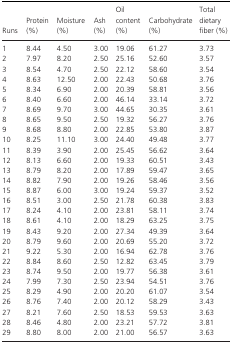
<table><thead><tr><td><b>Runs</b></td><td><b>Protein (%)</b></td><td><b>Moisture (%)</b></td><td><b>Ash (%)</b></td><td><b>Oil content (%)</b></td><td><b>Carbohydrate (%)</b></td><td><b>Total dietary fiber (%)</b></td></tr></thead><tbody><tr><td>1</td><td>8.44</td><td>4.50</td><td>3.00</td><td>19.06</td><td>61.27</td><td>3.73</td></tr><tr><td>2</td><td>7.97</td><td>8.20</td><td>2.50</td><td>25.16</td><td>52.60</td><td>3.57</td></tr><tr><td>3</td><td>8.54</td><td>4.70</td><td>2.50</td><td>22.12</td><td>58.60</td><td>3.54</td></tr><tr><td>4</td><td>8.63</td><td>12.50</td><td>2.00</td><td>22.43</td><td>50.68</td><td>3.76</td></tr><tr><td>5</td><td>8.34</td><td>6.90</td><td>2.00</td><td>20.39</td><td>58.81</td><td>3.56</td></tr><tr><td>6</td><td>8.40</td><td>6.60</td><td>2.00</td><td>46.14</td><td>33.14</td><td>3.72</td></tr><tr><td>7</td><td>8.69</td><td>9.70</td><td>3.00</td><td>44.65</td><td>30.35</td><td>3.61</td></tr><tr><td>8</td><td>8.65</td><td>9.50</td><td>2.50</td><td>19.32</td><td>56.27</td><td>3.76</td></tr><tr><td>9</td><td>8.68</td><td>8.80</td><td>2.00</td><td>22.85</td><td>53.80</td><td>3.87</td></tr><tr><td>10</td><td>8.25</td><td>11.10</td><td>3.00</td><td>24.40</td><td>49.48</td><td>3.77</td></tr><tr><td>11</td><td>8.39</td><td>3.90</td><td>2.00</td><td>25.45</td><td>56.62</td><td>3.64</td></tr><tr><td>12</td><td>8.13</td><td>6.60</td><td>2.00</td><td>19.33</td><td>60.51</td><td>3.43</td></tr><tr><td>13</td><td>8.79</td><td>8.20</td><td>2.00</td><td>17.89</td><td>59.47</td><td>3.65</td></tr><tr><td>14</td><td>8.82</td><td>7.90</td><td>2.00</td><td>19.26</td><td>58.46</td><td>3.56</td></tr><tr><td>15</td><td>8.87</td><td>6.00</td><td>3.00</td><td>19.24</td><td>59.37</td><td>3.52</td></tr><tr><td>16</td><td>8.51</td><td>3.00</td><td>2.50</td><td>21.78</td><td>60.38</td><td>3.83</td></tr><tr><td>17</td><td>8.24</td><td>4.10</td><td>2.00</td><td>23.81</td><td>58.11</td><td>3.74</td></tr><tr><td>18</td><td>8.61</td><td>4.10</td><td>2.00</td><td>18.29</td><td>63.25</td><td>3.75</td></tr><tr><td>19</td><td>8.43</td><td>9.20</td><td>2.00</td><td>27.34</td><td>49.39</td><td>3.64</td></tr><tr><td>20</td><td>8.79</td><td>9.60</td><td>2.00</td><td>20.69</td><td>55.20</td><td>3.72</td></tr><tr><td>21</td><td>9.22</td><td>5.30</td><td>2.00</td><td>16.94</td><td>62.78</td><td>3.76</td></tr><tr><td>22</td><td>8.84</td><td>8.60</td><td>2.50</td><td>12.82</td><td>63.45</td><td>3.79</td></tr><tr><td>23</td><td>8.74</td><td>9.50</td><td>2.00</td><td>19.77</td><td>56.38</td><td>3.61</td></tr><tr><td>24</td><td>7.99</td><td>7.30</td><td>2.50</td><td>23.94</td><td>54.51</td><td>3.76</td></tr><tr><td>25</td><td>8.29</td><td>4.90</td><td>2.00</td><td>20.20</td><td>61.07</td><td>3.54</td></tr><tr><td>26</td><td>8.76</td><td>7.40</td><td>2.00</td><td>20.12</td><td>58.29</td><td>3.43</td></tr><tr><td>27</td><td>8.21</td><td>7.60</td><td>2.50</td><td>18.53</td><td>59.53</td><td>3.63</td></tr><tr><td>28</td><td>8.46</td><td>4.80</td><td>2.00</td><td>23.21</td><td>57.72</td><td>3.81</td></tr><tr><td>29</td><td>8.80</td><td>8.00</td><td>2.00</td><td>21.00</td><td>56.57</td><td>3.63</td></tr></tbody></table>